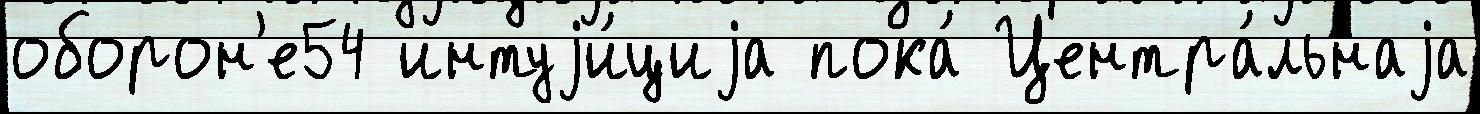
оборон'е54 интуjи́циjа пока́ Центра́льнаjа